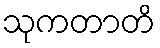
သုကတာတိ